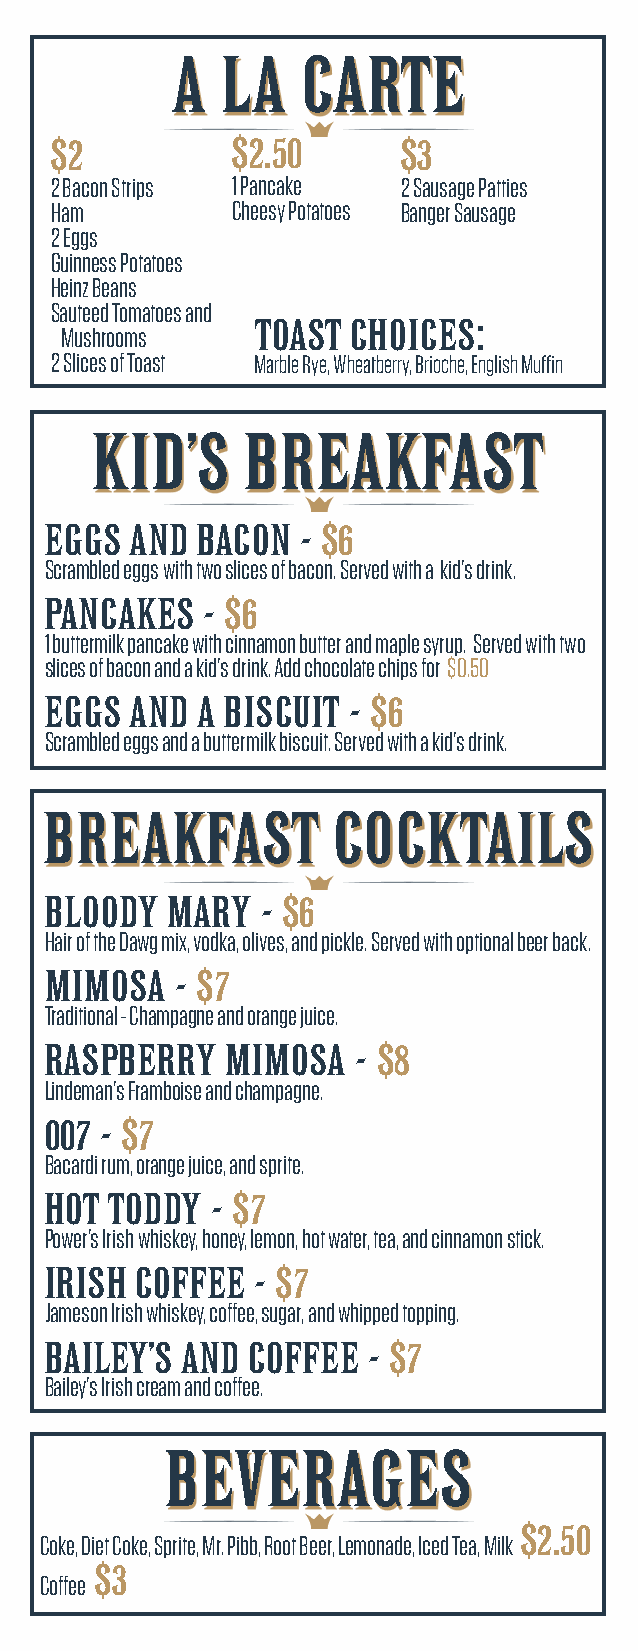
A   LA   CARTE
 $2          $2.50       $3
 2 Bacon Strips 1 Pancake 2 Sausage Patties
 Ham         Cheesy Potatoes Banger Sausage
 2 Eggs
 Guinness Potatoes
 Heinz Beans
 Sauteed Tomatoes and
 TOAST CHOICES:
 Mushrooms
 2 Slices of Toast Marble Rye, Wheatberry, Brioche, English Muffin
 KID’S     BREAKFAST
 EGGS  AND BACON  - $6
 Scrambled eggs with two slices of bacon. Served with a kid’s drink.
 PANCAKES  - $6
 1 buttermilk pancake with cinnamon butter and maple syrup. Served with two
 slices of bacon and a kid’s drink. Add chocolate chips for $0.50
 EGGS  AND A BISCUIT - $6
 Scrambled eggs and a buttermilk biscuit. Served with a kid’s drink.
 BREAKFAST          COCKTAILS
 BLOODY  MARY  - $6
 Hair of the Dawg mix, vodka, olives, and pickle. Served with optional beer back.
 MIMOSA   - $7
 Traditional - Champagne and orange juice.
 RASPBERRY   MIMOSA  - $8
 Lindeman’s Framboise and champagne.
 007 - $7
 Bacardi rum, orange juice, and sprite.
 HOT TODDY  - $7
 Power’s Irish whiskey, honey, lemon, hot water, tea, and cinnamon stick.
 IRISH COFFEE  - $7
 Jameson Irish whiskey, coffee, sugar, and whipped topping.
 BAILEY’S AND COFFEE  - $7
 Bailey’s Irish cream and coffee.
 BEVERAGES
 $2.50
 Coke, Diet Coke, Sprite, Mr. Pibb, Root Beer, Lemonade, Iced Tea, Milk
 $3
 Coffee